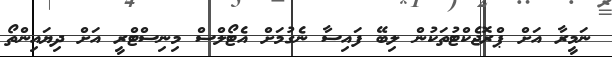
ނަމީރާ އަށް ޕްރޮޖެކްޓުތަކުން ލިބޭ ފައިސާ ނެގުމަށް އެޓޯލްސް މިނިސްޓްރީ އަށް ދިޔައިންތޯ